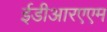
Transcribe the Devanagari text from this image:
ईडीआरएएम